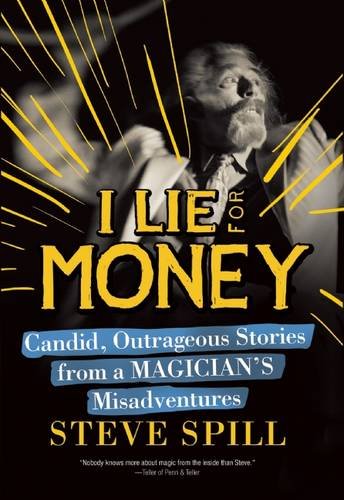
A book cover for I Lie for Money: Candid, Outrageous Stories from a MagicianEEs Misadventures; Steve Spill; Humor & Entertainment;